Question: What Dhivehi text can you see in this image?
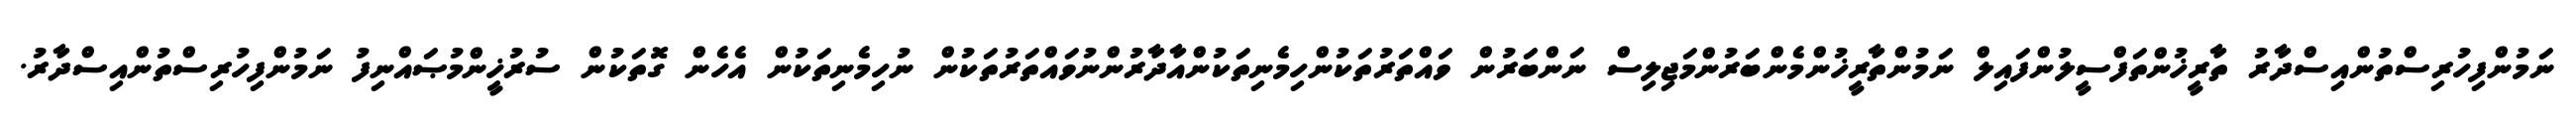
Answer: ނަމުންފިހުރިސްތުންއިސްދާރު ތާރީޚުންތަފްސީލުންފައިލް ނަމުންތާރީޚުންމެންބަރުންމަޖިލިސް ނަންބަރުން ވައްތަރުތަކުންހިމެނިތަކުންއާދާރުންނުވައްތަރުތަކުން ނުހިމެނިތަކުން އެހެން ގޮތަކުން ސުރުޚީންމުޞައްނިފު ނަމުންފިހުރިސްތުންއިސްދާރު.